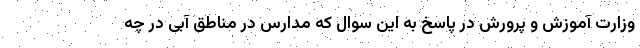
وزارت آموزش و پرورش در پاسخ به این سوال که مدارس در مناطق آبی در چه